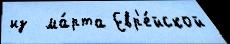
из  ма́рта Евр'е́йской